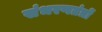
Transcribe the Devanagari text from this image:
संभरणतंत्रों